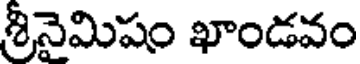
శ్రీనైమిషం ఖాండవం